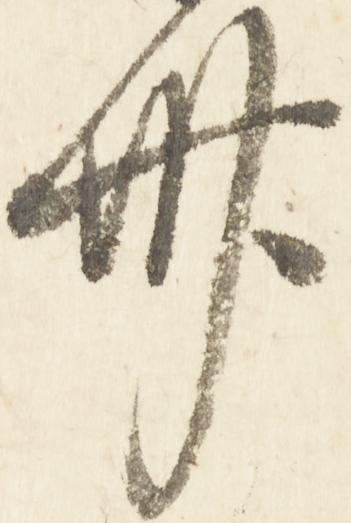
丗